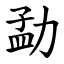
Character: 勐